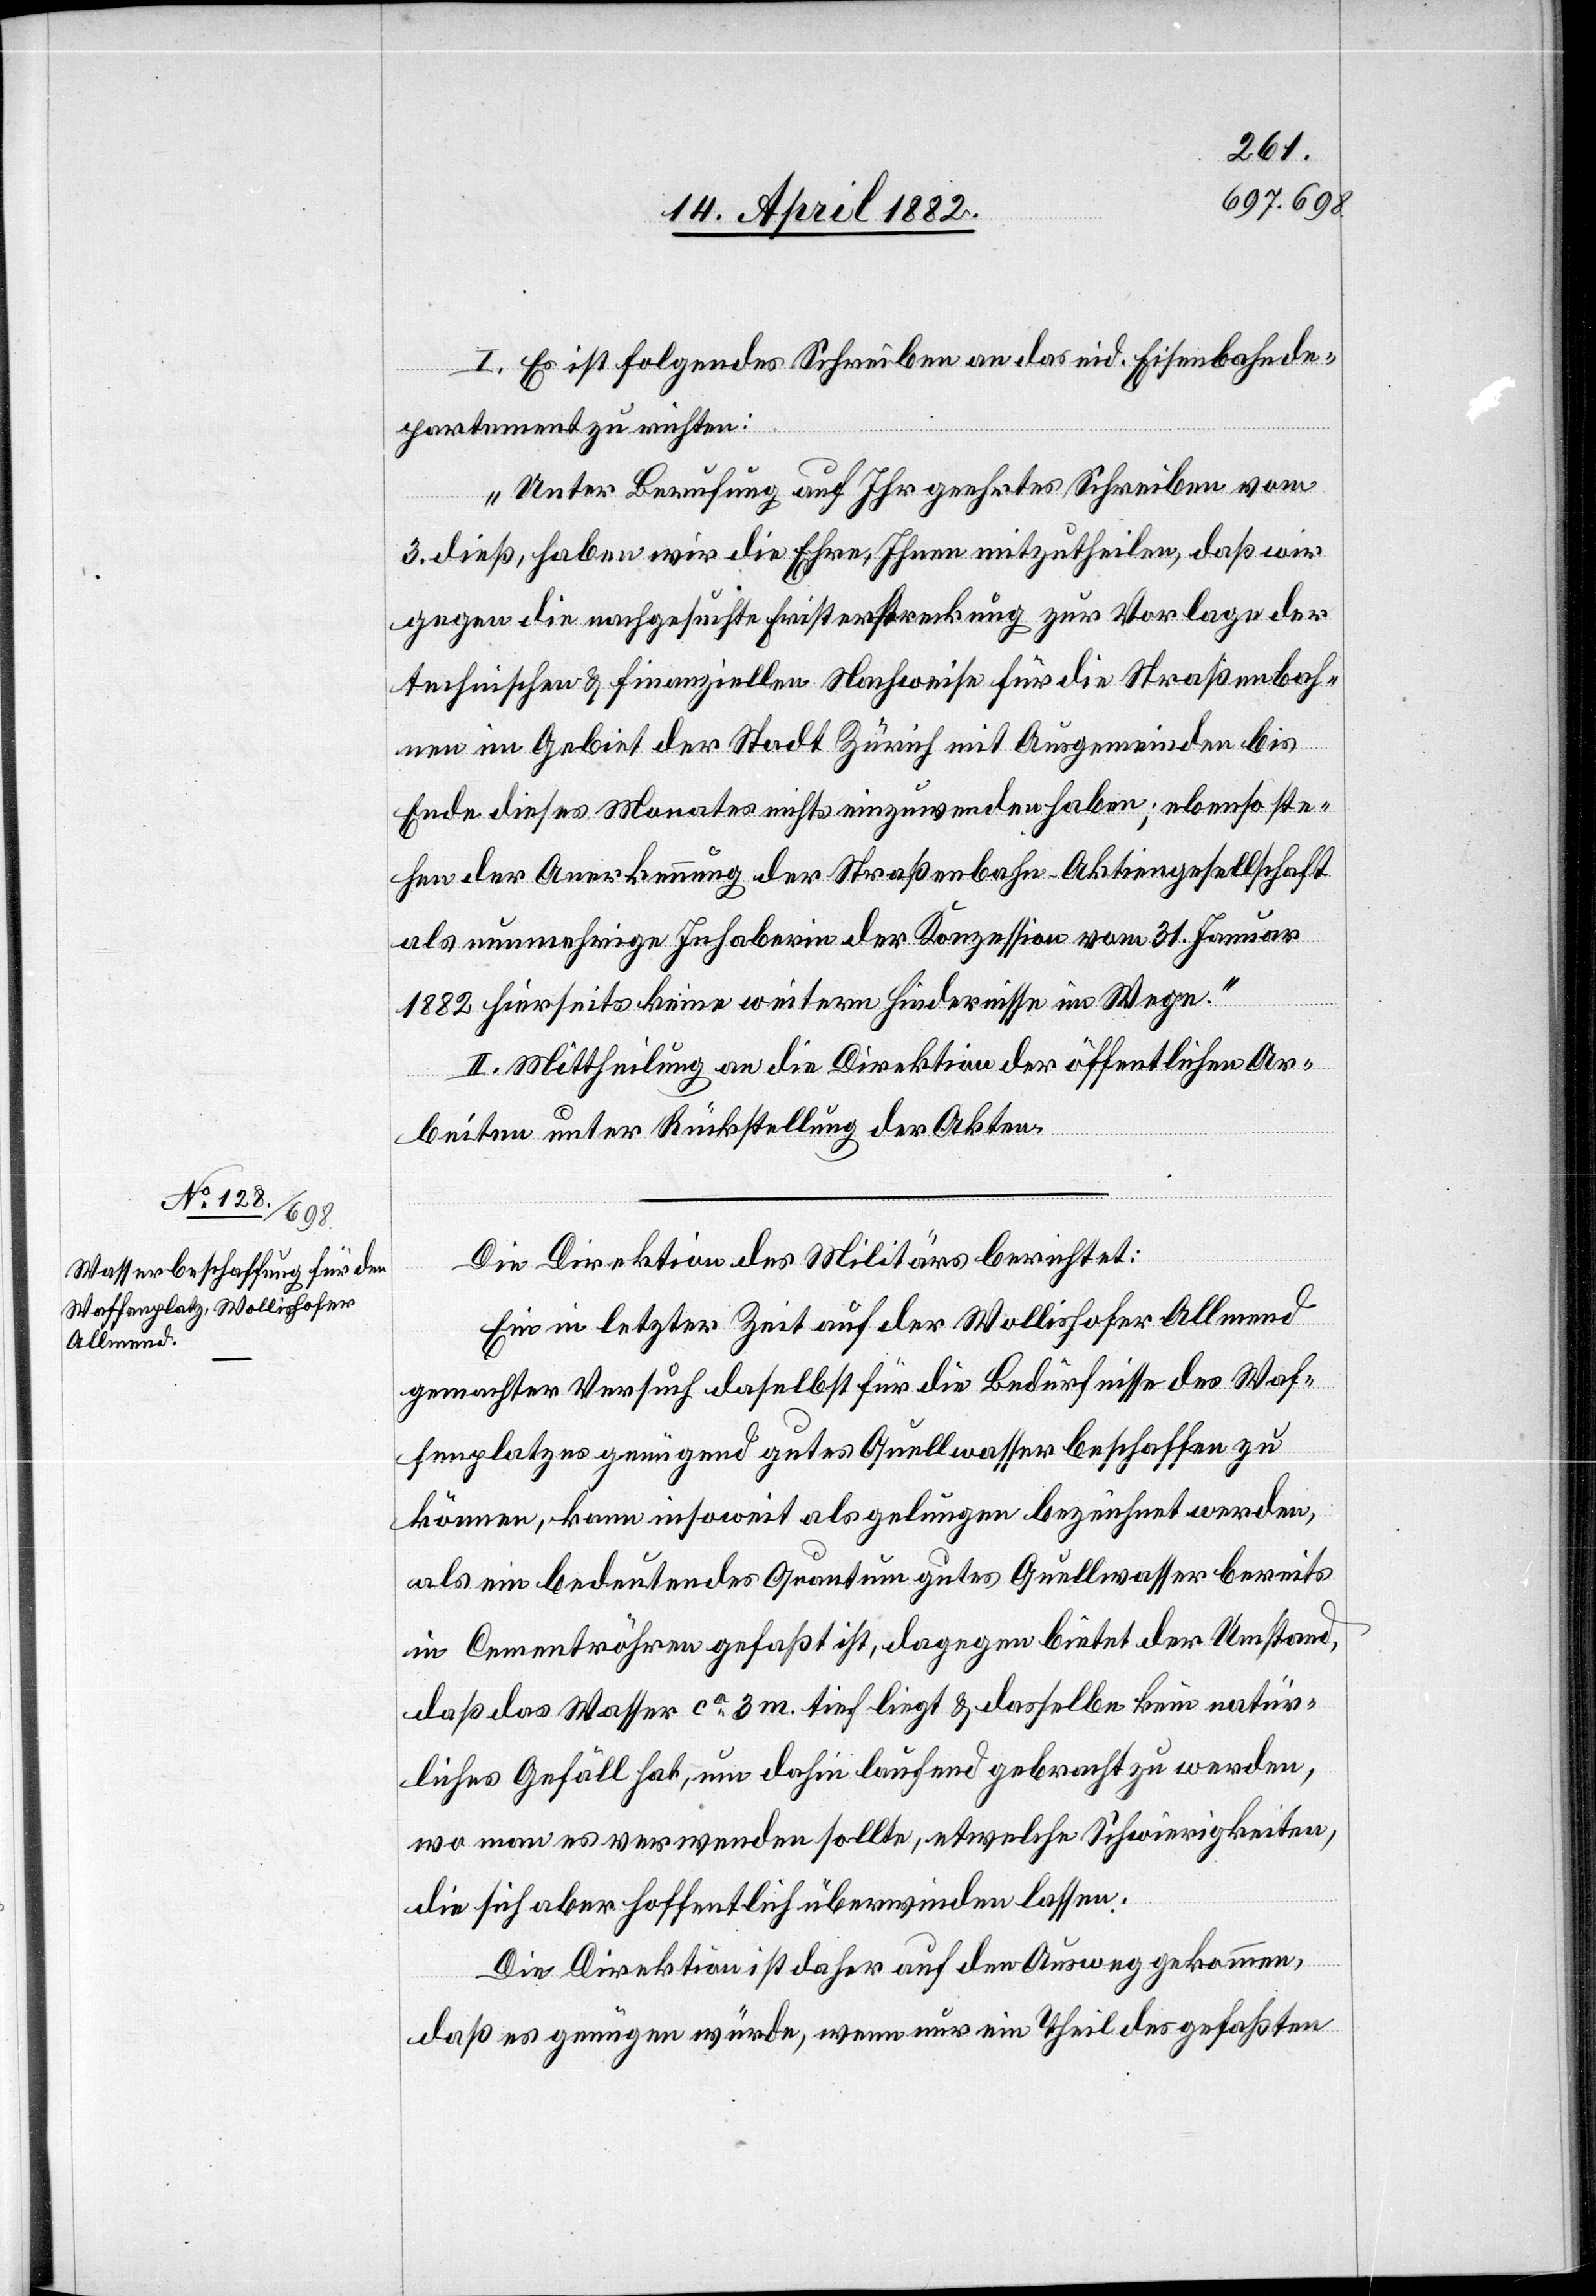
I. Es ist folgendes Schreiben an das eid. Eisenbahnde¬
partement zu richten:
„Unter Berufung auf Ihr geehrtes Schreiben vom
3. dieß, haben wir die Ehre, Ihnen mitzutheilen, daß wir
gegen die nachgesuchte Fristerstreckung zur Vorlage der
technischen & finanziellen Nachweise für die Straßenbah¬
nen im Gebiet der Stadt Zürich mit Ausgemeinden bis
Ende dieses Monates nichts einzuwenden haben; ebenso ste¬
hen der Anerkennung der Straßenbahn-Aktiengesellschaft
als nunmehrige Inhaberin der Konzession vom 31. Januar
1882 hierseits keine weitern Hindernisse im Wege.“
II. Mittheilung an die Direktion der öffentlichen Ar¬
beiten unter Rückstellung der Akten.
Die Direktion des Militärs berichtet:
Ein in letzter Zeit auf der Wollishofer Allmend
gemachter Versuch daselbst für die Bedürfnisse des Waf¬
fenplatzes genügend gutes Quellwasser beschaffen zu
können, kann insoweit als gelungen bezeichnet werden,
als ein bedeutendes Quantum gutes Quellwasser bereits
in Cementröhren gefaßt ist, dagegen bietet der Umstand,
daß das Wasser ca 3 m. tief liegt & dasselbe kein natür¬
liches Gefäll hat, um dahin laufend gebracht zu werden,
wo man es verwenden sollte, etwelche Schwierigkeiten,
die sich aber hoffentlich überwinden lassen.
Die Direktion ist daher auf den Ausweg gekommen,
daß es genügen würde, wenn nur ein Theil des gefaßten